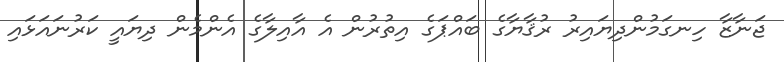
ޖަނާޒާ ހިނގަމުންދިޔައިރު ރުޤާޔާގެ ބައްޕަގެ އިތުރުން އެ އާއިލާގެ އެންމެން ދިޔައީ ކަރުނައަޅައި